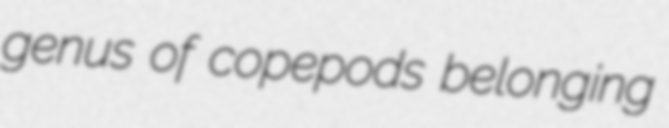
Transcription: genus of copepods belonging